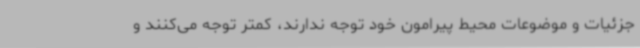
جزئیات و موضوعات محیط پیرامون خود توجه ندارند، کمتر توجه می‌کنند و